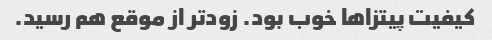
کیفیت پیتزاها خوب بود‌. زودتر از موقع هم رسید.